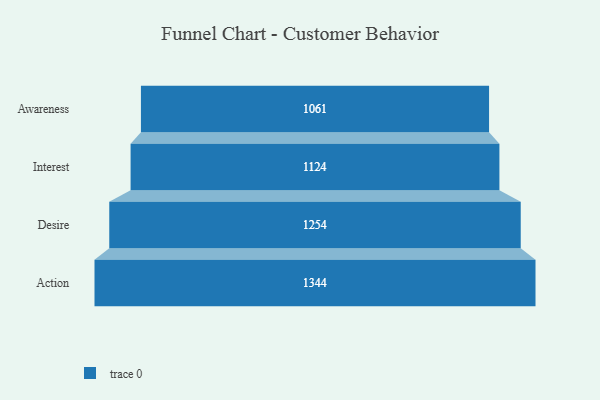
{"axis": {"x": "Stage", "y": "Value"}, "legend": [""], "data": [{"x": "Awareness", "y": 1061.0, "type": ""}, {"x": "Interest", "y": 1124.0, "type": ""}, {"x": "Desire", "y": 1254.0, "type": ""}, {"x": "Action", "y": 1344.0, "type": ""}]}